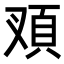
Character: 𩑐